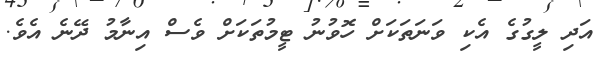
އަދި ލީގުގެ އެކި ވަނަތަކަށް ހޮވުނު ޓީމުތަކަށް ވެސް އިނާމު ދޭނެ އެވެ.